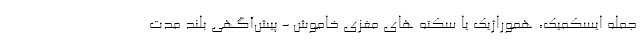
جمله ایسکمیک، هموراژیک یا سکته های مغزی خاموش - پیش‌آگهی بلند مدت